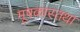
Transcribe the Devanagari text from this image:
मूषकास्तथा